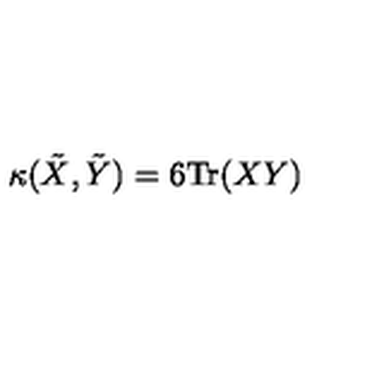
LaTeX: \kappa ( \tilde { X } , \tilde { Y } ) = 6 \mathrm { T r } ( X Y )